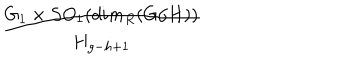
LaTeX: \frac { G _ { 1 } \times S O _ { 1 } ( d i m _ { R } ( G / H ) ) } { H _ { g - h + 1 } }